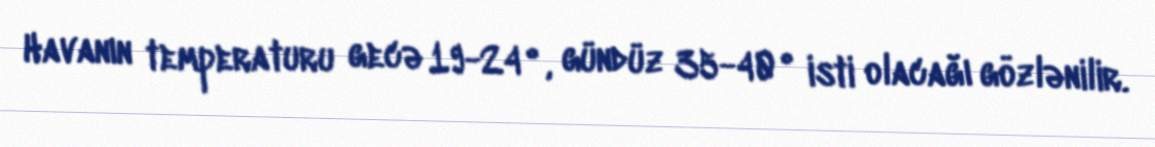
Havanın temperaturu gecə 19-24°, gündüz 35-40° isti olacağı gözlənilir.